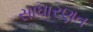
સાધારણત